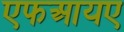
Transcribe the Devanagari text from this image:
एफआयए